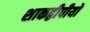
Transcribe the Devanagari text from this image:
शाकद्वीपीयों